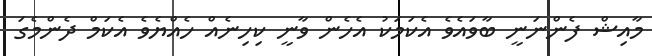
މާއިޝް ފެންނަނީ ބާވައެވެ އެކަމަކު އެހެން ވާނީ ކިހިނެއް ހެއްޔެވެ އެކަމް ދެންމެގަ